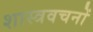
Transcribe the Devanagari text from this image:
शास्त्रवचनों